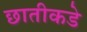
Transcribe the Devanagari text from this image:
छातीकडे